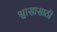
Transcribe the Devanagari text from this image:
श्वासासाठी